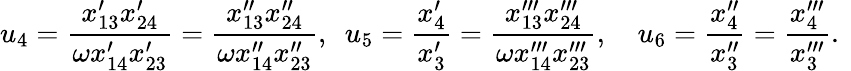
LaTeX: u_{4}=\frac{x_{13}^{\prime}x_{24}^{\prime}}{\omega x_{14}^{\prime}x_{23}^{\prime}}=\frac{x_{13}^{\prime\prime}x_{24}^{\prime\prime}}{\omega x_{14}^{\prime\prime}x_{23}^{\prime\prime}},~~u_{5}=\frac{x_{4}^{\prime}}{x_{3}^{\prime}}=\frac{x_{13}^{\prime\prime\prime}x_{24}^{\prime\prime\prime}}{\omega x_{14}^{\prime\prime\prime}x_{23}^{\prime\prime\prime}},~~~~u_{6}=\frac{x_{4}^{\prime\prime}}{x_{3}^{\prime\prime}}=\frac{x_{4}^{\prime\prime\prime}}{x_{3}^{\prime\prime\prime}}.~